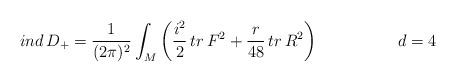
LaTeX: \begin{align*}ind\,D_{+}=\frac{1}{(2\pi)^{2}}\int_{M}\left(\frac{i^{2}}{2}\,tr\,F^{2}+\frac{r}{48}\,tr\,R^{2}\right) \hspace{2cm} d=4\end{align*}